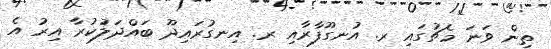
ތިން ވަނަ މެޗުގައި ރ. އުނގޫފާރާއި ރ. އިނގުރައިދޫ ބައްދަލުކުރާ އިރު އެ